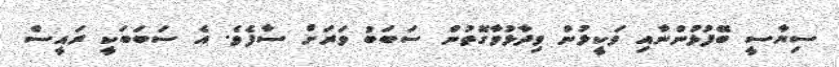
ސިޔާސީ ބޭފުޅުންނާއި ވަކީލުން ވިދާޅުވާގޮތުން ސަބަބު ވަރަށް ސާފެވެ. އެ ސަބަބަކީ ރައީސް